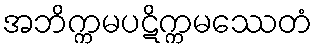
အဘိက္ကမပဋိက္ကမဿေတံ